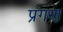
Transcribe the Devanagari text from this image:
प्रंगण